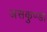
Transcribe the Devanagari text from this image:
असकुण्डा